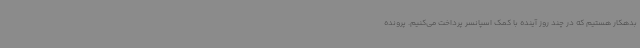
بدهکار هستیم که در چند روز آینده با کمک اسپانسر پرداخت می‌کنیم. پرونده